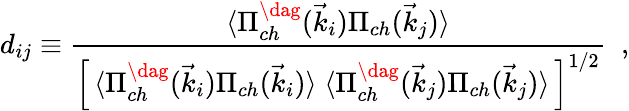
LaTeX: d_{ij}\equiv{\frac{\langle\Pi_{ch}^{\dag}(\vec{k}_{i})\Pi_{ch}(\vec{k}_{j})\rangle}{\left[\, \langle\Pi_{ch}^{\dag}(\vec{k}_{i})\Pi_{ch}(\vec{k}_{i})\rangle\; \langle\Pi_{ch}^{\dag}(\vec{k}_{j})\Pi_{ch}(\vec{k}_{j})\rangle\, \right]^{1/2}}}\ \; ,